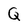
Character: Q